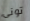
توني